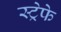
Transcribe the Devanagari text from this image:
स्ट्रेफे